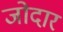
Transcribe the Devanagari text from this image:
जोदार